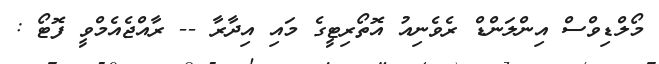
މޯލްޑިވްސް އިންލަންޑް ރެވެނިއު އޮތޯރިޓީގެ މައި އިދާރާ -- ރާއްޖެއެމްވީ ފޮޓޯ :